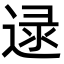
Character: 逯